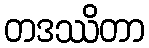
တဒဿိတာ